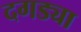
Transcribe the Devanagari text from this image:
दगड्या